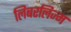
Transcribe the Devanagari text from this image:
लिबरलिज्म